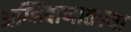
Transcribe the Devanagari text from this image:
अग्निबाणातल्या